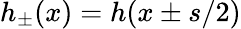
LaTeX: h_{\pm}(x)=h(x\pm s/2)